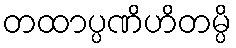
တထာပ္ပဏိဟိတမ္ပိ